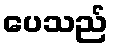
ပေသည်